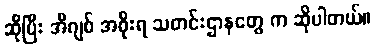
ဆိုပြီး အီဂျစ် အစိုးရ သတင်းဌာနတွေ က ဆိုပါတယ်။